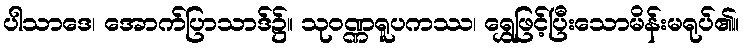
ပါသာဒေ၊ အောက်ပြာသာဒ်၌။ သုဝဏ္ဏရူပကဿ၊ ရွှေဖြင့်ပြီးသောမိန်းမရုပ်၏။